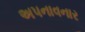
અપનાવનાર